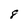
Character: 8